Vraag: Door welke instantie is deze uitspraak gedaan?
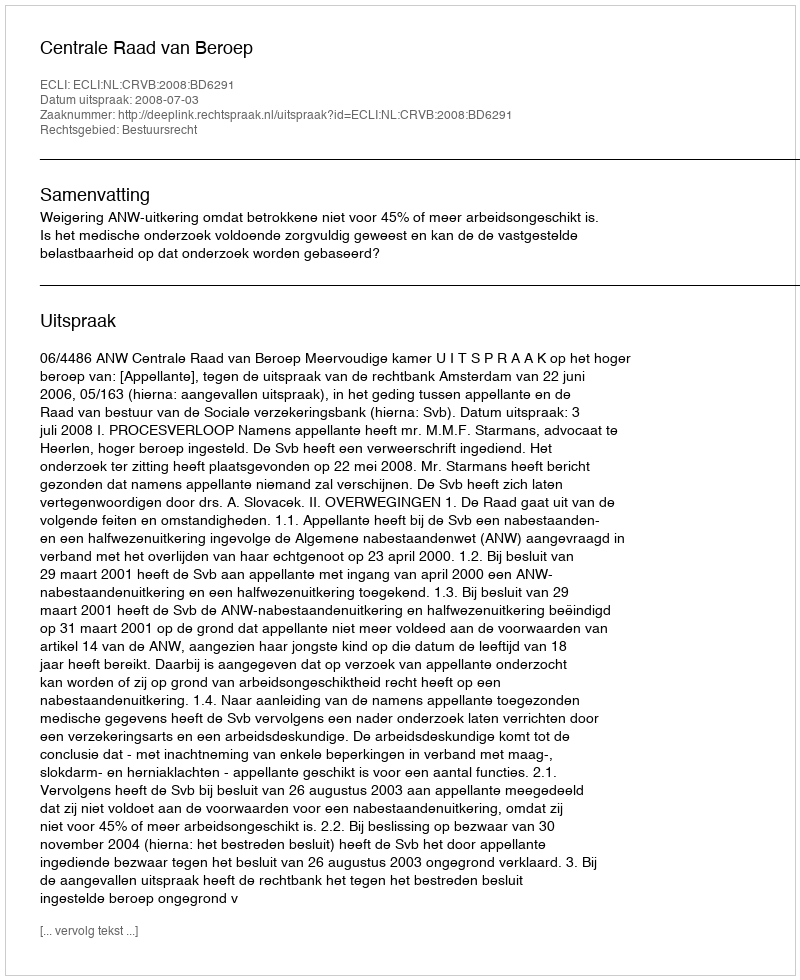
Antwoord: Centrale Raad van Beroep